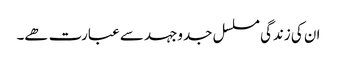
ان کی زندگی مسلسل جدوجہد سے عبارت ھے۔